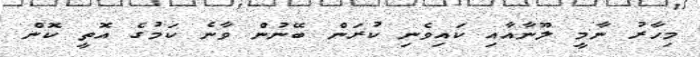
މިހާރު ނާމީ ލޫނާއާއި ކައިވެނި ކުރަން ބޭނުން ވާނެ ކަމުގެ އޮތީ ކޮން